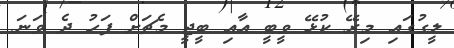
ލީގުގައި މިރޭ ކުޅޭ ވީބީ އާއި ބީޖީ މެޗަށް ފަހު ދެ ވަނަ